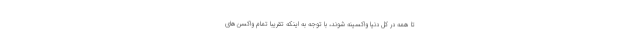
تا همه در کل دنیا واکسینه شوند، با توجه به اینکه تقریبا تمام واکسن‌های